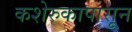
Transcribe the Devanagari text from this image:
कशेरुकापासून